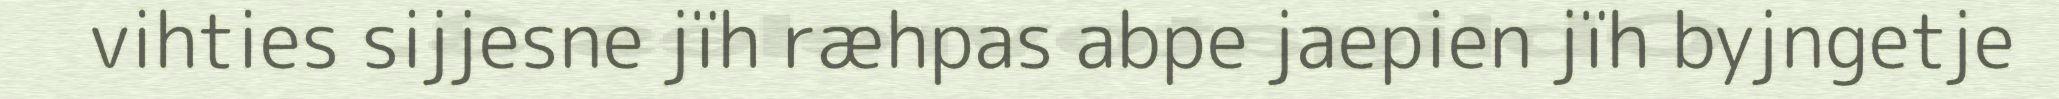
vihties sijjesne jïh ræhpas abpe jaepien jïh byjngetje